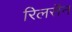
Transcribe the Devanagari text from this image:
रिलसैन